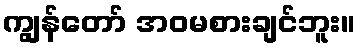
ကျွန်တော် အဝမစားချင်ဘူး။